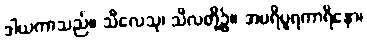
ဒါယကာသည်။ သီလေသု၊ သီလတို့၌။ အပရိပူရကာရိနော၊